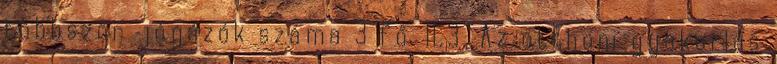
többször jógázók száma 3 fő. II.3. Az otthoni gyakorlás